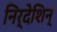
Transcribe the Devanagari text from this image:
निर्देशिन्